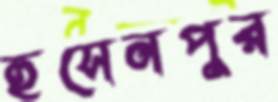
হুসেনপুর